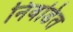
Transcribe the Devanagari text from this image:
निवडित